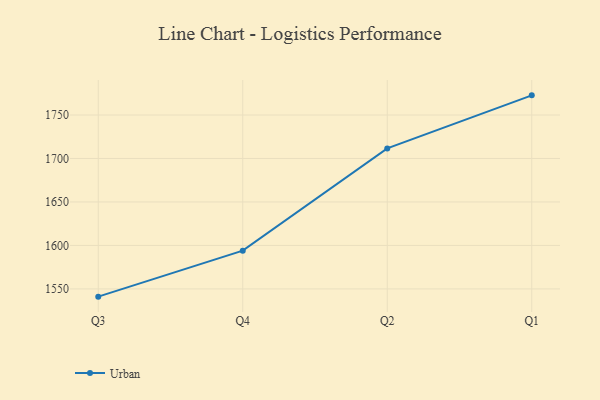
{"axis": {"x": "Quarter", "y": "Operating Costs (USD K)"}, "legend": ["Urban"], "data": [{"x": "Q3", "y": 1541.1, "type": "Urban"}, {"x": "Q4", "y": 1594.0, "type": "Urban"}, {"x": "Q2", "y": 1711.6, "type": "Urban"}, {"x": "Q1", "y": 1772.6, "type": "Urban"}]}